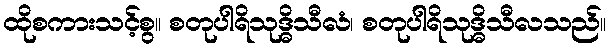
ထိုစကားသင့်စွ။ စတုပါရိသုဒ္ဓိသီလံ၊ စတုပါရိသုဒ္ဓိသီလသည်။